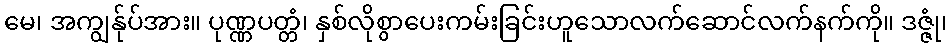
မေ၊ အကျွန်ုပ်အား။ ပုဏ္ဏပတ္တံ၊ နှစ်လိုစွာပေးကမ်းခြင်းဟူသောလက်ဆောင်လက်နက်ကို။ ဒဇ္ဇုံ၊